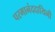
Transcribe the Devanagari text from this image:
परमानंददायिनी